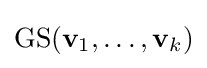
\operatorname {GS} (\mathbf {v} _{1},\dots ,\mathbf {v} _{k})